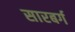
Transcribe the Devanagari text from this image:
सारबर्ग